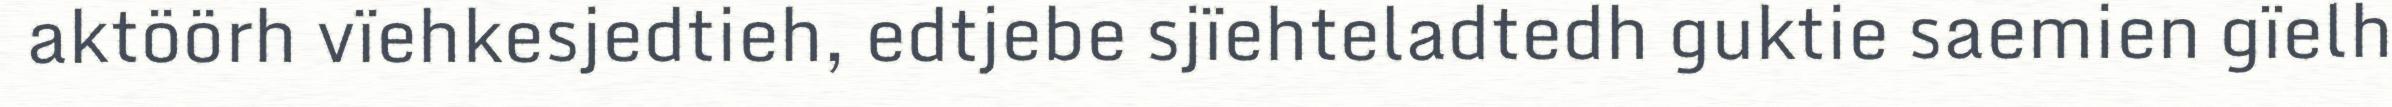
aktöörh vïehkesjedtieh, edtjebe sjïehteladtedh guktie saemien gïelh